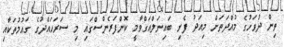
ތިން ދުވަހުގެ މުއްދަތަށް މިއަދު ފެށި ބައިނަލްއަގްވާމީ ކޮންފަރެންސްގައި މި ސަރަހައްދުގެ ގައުމުތަކާއި